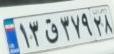
۱۳ق۳۷۹۲۸